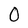
Character: 0